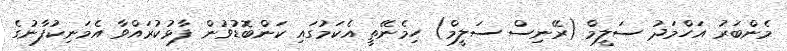
މެންބަރު އަހްމަދު ސަލީމް (ރޭނިސް ސަލީމް) ހިމެނޭތީ އެކަމުގައި ކަންބޮޑުވުން ފާޅުކުރައްވާ އެމަނިކުފާނުގެ